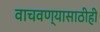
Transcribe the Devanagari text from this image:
वाचवण्यासाठीही